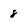
Character: 8